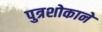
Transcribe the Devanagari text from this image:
पुत्रशोकाने